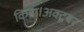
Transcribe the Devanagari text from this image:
किया।अक्टूबर